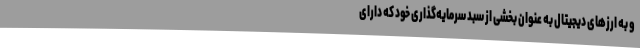
و به ارزهای دیجیتال به عنوان بخشی از سبد سرمایه‌گذاری خود که دارای